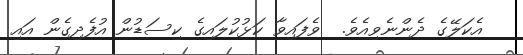
އެކަލޭގެ ދެންނެވިއެވެ.  ވެފައިވާ ކަޅުކުލައިގެ ކިސަޑުން އުފެދިގެން އައި